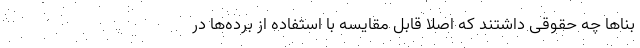
بناها چه حقوقی داشتند که اصلا قابل مقایسه با استفاده از برده‌ها در